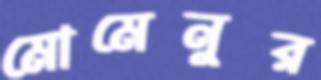
মোমেনুর